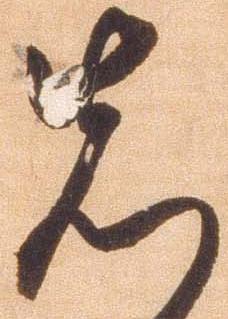
先